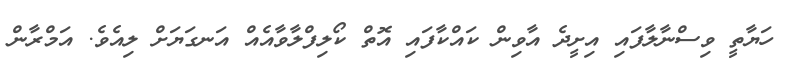
ހަޔާތީ ވިސްނާލާފައި އިށީދެ އާވިން ކައްކާފައި އޮތް ކޯލިފްލާވާއެއް އަނގަޔަށް ލިއެވެ. އަމްރާން